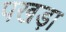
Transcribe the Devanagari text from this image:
पखड़ा